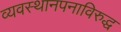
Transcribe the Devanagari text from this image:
व्यवस्थानपनाविरुद्ध